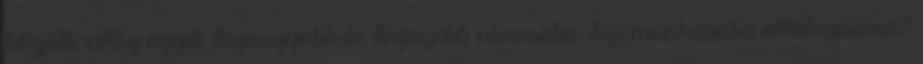
közötti világ egyik legnagyobb és legszebb városába, Szamarkandba ellátogasson?